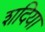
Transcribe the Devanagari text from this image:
शदिया